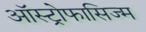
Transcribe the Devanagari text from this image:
ऑस्ट्रोफासिज्म